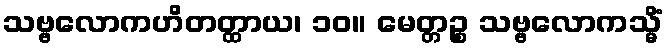
သဗ္ဗလောကဟိတတ္ထာယ၊ ၁၀။ မေတ္တဉ္စ သဗ္ဗလောကသ္မိံ